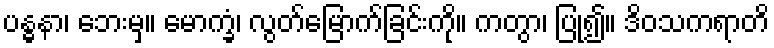
ပန္ဓနာ၊ ဘေးမှ။ မောက္ခံ၊ လွတ်မြောက်ခြင်းကို။ ကတွာ၊ ပြု၍။ ဒိဝသကရာတိ